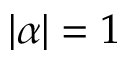
| \alpha | = 1